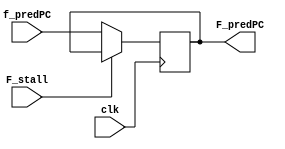
module F_reg(F_predPC,f_predPC,F_stall,clk);
    output reg [63:0] F_predPC;
    input [63:0] f_predPC;
    input F_stall;
    input clk;
    reg [63:0] tempPC;
    always @(posedge clk)
    begin
        tempPC = F_predPC;
        F_predPC = f_predPC;    
        if (F_stall == 1)
        begin
            F_predPC = tempPC;
        end
    end
endmodule